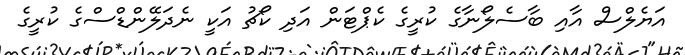
އަޔެލްސް އާއި ބާސެލޯނާގެ ކުރީގެ ކެޕްޓަން އަދި ކޯޗު އަކީ ނެދަލޭންޑްސްގެ ކުރީގެ